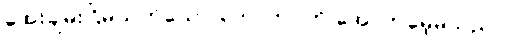
အေးချမ်းငြိမ်သက်သော တောဘဝကို အောက်မေ့မိသည်။